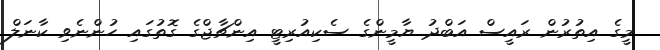
މީގެ އިތުރުން ރައީސް އަބްދު ޔާމީންގެ ސެކިއުރިޓީ އިންޗާޖްގެ ގޮތުގައި ހުންނެވި ކާނަލް